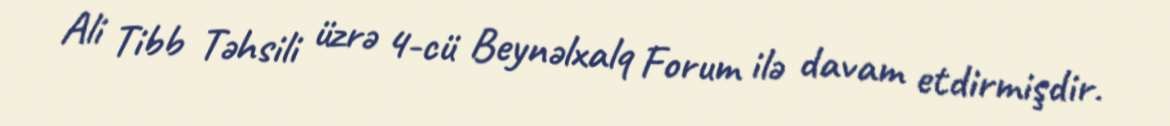
Ali Tibb Təhsili üzrə 4-cü Beynəlxalq Forum ilə davam etdirmişdir.